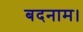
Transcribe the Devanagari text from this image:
बदनाम।